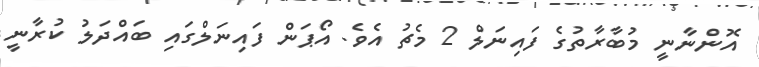
އޮންނާނީ މުބާރާތުގެ ފައިނަލް 2 މެޗު އެވެ. އޯޕަން ފައިނަލްގައި ބައްދަލު ކުރާނީ